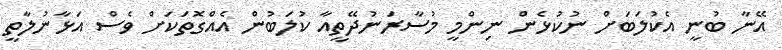
އޭނާ ބުނީ އެކުލަބަށް ނުކުޅެން ނިންމީ މުސާރަނުދޭތީއާ ކުލަބުން އެއްގޮތަކަށް ވެސް އަޅާނުލާތީ